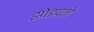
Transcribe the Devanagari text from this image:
झोडपतो